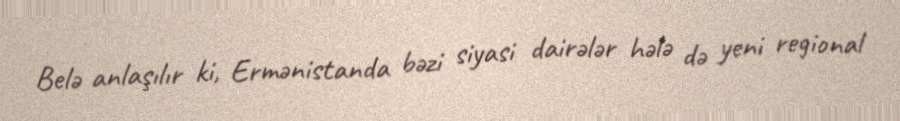
Belə anlaşılır ki, Ermənistanda bəzi siyasi dairələr hələ də yeni regional